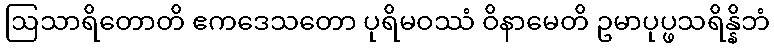
ဩသာရိတောတိ ဧကဒေသတော ပုရိမဝဿံ ဝိနာမေတိ ဥမာပုပ္ဖသရိန္နိဘံ